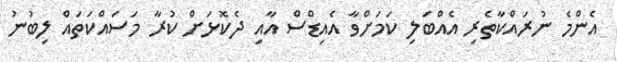
އެންމެ ނުރައްކާތެރި އެއްބަލި ކަމަށްވާ އެއިޑްސް އާއި ދެކޮޅަށް ކުރާ މަސައްކަތައް ލިބުނު